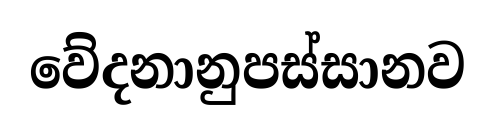
වේදනානුපස්සානව